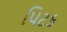
પિટક